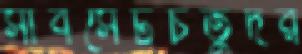
সাবসেটচতুদর